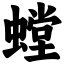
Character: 螳